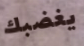
يغضبك